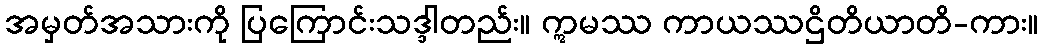
အမှတ်အသားကို ပြကြောင်းသဒ္ဒါတည်း။ ဣမဿ ကာယဿဌိတိယာတိ-ကား။